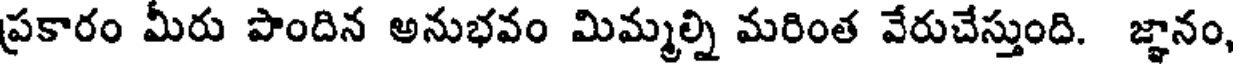
ప్రకారం మీరు పొందిన అనుభవం మిమ్మల్ని మరింత వేరుచేస్తుంది. జ్ఞానం,